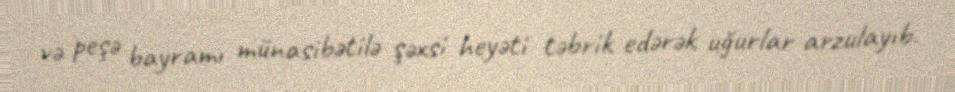
və peşə bayramı münasibətilə şəxsi heyəti təbrik edərək uğurlar arzulayıb.